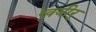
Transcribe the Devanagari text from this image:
खबीर्